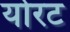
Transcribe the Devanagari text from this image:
योरट